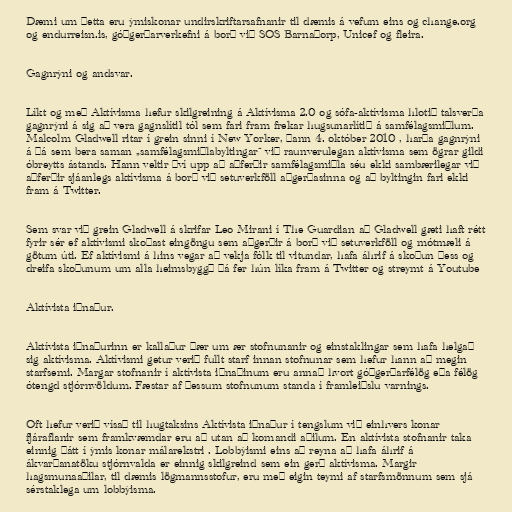
Dæmi um þetta eru ýmiskonar undirskriftarsafnanir til dæmis á vefum eins og change.org
og endurreisn.is, góðgerðarverkefni á borð við SOS Barnaþorp, Unicef og fleira.

Gagnrýni og andsvar.

Líkt og með Aktívisma hefur skilgreining á Aktívisma 2.0 og sófa-aktívisma hlotið talsverða
gagnrýni á sig að vera gagnslítil tól sem fari fram frekar hugsunarlítið á samfélagsmiðlum.
Malcolm Gladwell ritar í grein sinni í New Yorker, þann 4. október 2010 , harða gagnrýni
á þá sem bera saman „samfélagsmiðlabyltingar“ við raunverulegan aktívisma sem ögrar gildi
óbreytts ástands. Hann veltir því upp að aðferðir samfélagsmiðla séu ekki sambærilegar við
aðferðir sjáanlegs aktívisma á borð við setuverkföll aðgerðasinna og að byltingin fari ekki
fram á Twitter.

Sem svar við grein Gladwell á skrifar Leo Mirani í The Guardian að Gladwell gæti haft rétt
fyrir sér ef aktívismi skoðast eingöngu sem aðgerðir á borð við setuverkföll og mótmæli á
götum úti. Ef aktívismi á hins vegar að vekja fólk til vitundar, hafa áhrif á skoðun þess og
dreifa skoðunum um alla heimsbyggð þá fer hún líka fram á Twitter og streymt á Youtube

Aktívista iðnaður.

Aktívista iðnaðurinn er kallaður þær um ær stofnunanir og einstaklingar sem hafa helgað
sig aktívisma. Aktívismi getur verið fullt starf innan stofnunar sem hefur hann að megin
starfsemi. Margar stofnanir í aktívista iðnaðinum eru annað hvort góðgerðarfélög eða félög
ótengd stjórnvöldum. Fæstar af þessum stofnunum standa í framleiðslu varnings.

Oft hefur verið vísað til hugtaksins Aktívista iðnaður í tengslum við einhvers konar
fjáraflanir sem framkvæmdar eru að utan að komandi aðilum. En aktívista stofnanir taka
einnig þátt í ýmis konar málarekstri . Lobbýismi eins að reyna að hafa áhrif á
ákvarðanatöku stjórnvalda er einnig skilgreind sem ein gerð aktívisma. Margir
hagsmunaaðilar, til dæmis lögmannsstofur, eru með eigin teymi af starfsmönnum sem sjá
sérstaklega um lobbýisma.